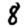
Digit: 8